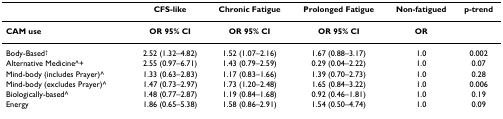
<table><thead><tr><td>[EMPTY_CELL]</td><td><b>CFS-like</b></td><td><b>Chronic Fatigue</b></td><td><b>Prolonged Fatigue</b></td><td><b>Non-fatigued</b></td><td><b>p-trend</b></td></tr></thead><tbody><tr><td><b>CAM use</b></td><td><b>OR 95% CI</b></td><td><b>OR 95% CI</b></td><td><b>OR 95% CI</b></td><td><b>OR</b></td><td>[EMPTY_CELL]</td></tr><tr><td>Body-Based<sup>†</sup></td><td>2.52 (1.32–4.82)</td><td>1.52 (1.07–2.16)</td><td>1.67 (0.88–3.17)</td><td>1.0</td><td>0.002</td></tr><tr><td>Alternative Medicine^+</td><td>2.55 (0.97–6.71)</td><td>1.43 (0.79–2.59)</td><td>0.29 (0.04–2.22)</td><td>1.0</td><td>0.07</td></tr><tr><td>Mind-body (includes Prayer)^</td><td>1.33 (0.63–2.83)</td><td>1.17 (0.83–1.66)</td><td>1.39 (0.70–2.73)</td><td>1.0</td><td>0.28</td></tr><tr><td>Mind-body (excludes Prayer)^</td><td>1.47 (0.73–2.97)</td><td>1.73 (1.20–2.48)</td><td>1.65 (0.84–3.22)</td><td>1.0</td><td>0.006</td></tr><tr><td>Biologically-based^</td><td>1.48 (0.77–2.87)</td><td>1.19 (0.84–1.68)</td><td>0.92 (0.46–1.81)</td><td>1.0</td><td>0.19</td></tr><tr><td>Energy</td><td>1.86 (0.65–5.38)</td><td>1.58 (0.86–2.91)</td><td>1.54 (0.50–4.74)</td><td>1.0</td><td>0.09</td></tr></tbody></table>